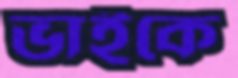
ভাইকে